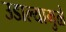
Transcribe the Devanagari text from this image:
उडाल्यामुळे